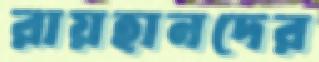
রায়হানদের